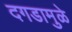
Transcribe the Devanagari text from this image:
दगडामुळे